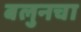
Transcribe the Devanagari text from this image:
बलुनचा